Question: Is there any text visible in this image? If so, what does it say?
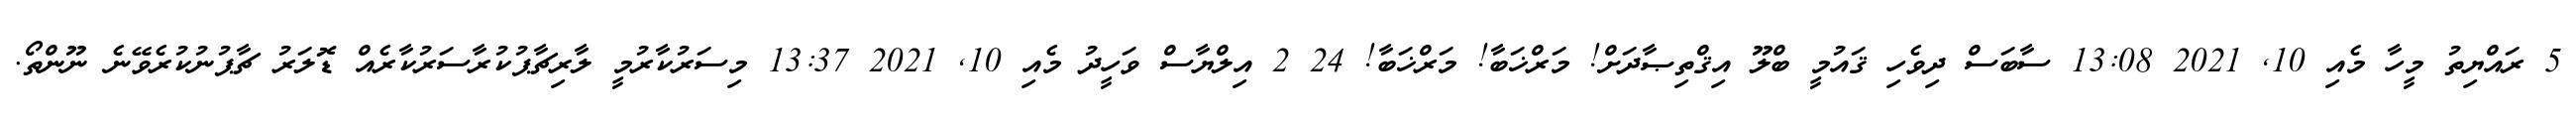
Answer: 5 ރައްޔިތު މީހާ މެއި 10, 2021 13:08 ސާބަސް ދިވެހި ޤައުމީ ބްލޫ އިޤްތިޞާދަށް! މަރްޚަބާ! މަރްޚަބާ! 24 2 އިލްޔާސް ވަހީދު މެއި 10, 2021 13:37 މިސަރުކާރުމީ ލާރިޗާޕުކުރާސަރުކާރެއް ޑޮލަރު ޗާޕުނުކުރެވޭނެ ނޫންތޯ.